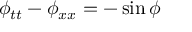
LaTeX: \phi _ { t t } - \phi _ { x x } = - \sin \phi